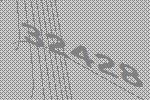
32428